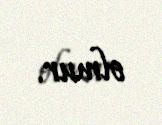
olmur.